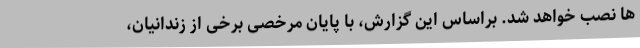
ها نصب خواهد شد. براساس این گزارش، با پایان مرخصی برخی از زندانیان،